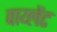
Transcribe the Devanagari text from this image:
वाय्लेंट